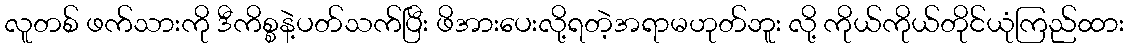
လူတစ် ဖက်သားကို ဒီကိစ္စနဲ့ပတ်သက်ပြီး ဖိအားပေးလို့ရတဲ့အရာမဟုတ်ဘူး လို့ ကိုယ်ကိုယ်တိုင်ယုံကြည်ထား